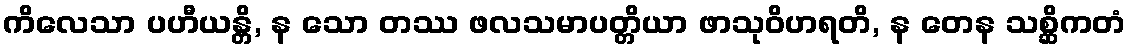
ကိလေသာ ပဟီယန္တိ, န သော တဿ ဖလသမာပတ္တိယာ ဖာသုဝိဟရတိ, န တေန သစ္ဆိကတံ